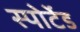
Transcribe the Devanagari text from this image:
स्पोर्टेड